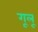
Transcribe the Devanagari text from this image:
गूलू